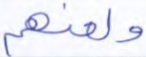
ولعنهم